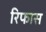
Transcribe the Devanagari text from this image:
रिफास